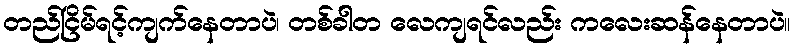
တည်ငြိမ်ရင့်ကျက်နေတာပဲ၊ တစ်ခါတ လေကျရင်လည်း ကလေးဆန်နေတာပဲ။